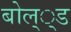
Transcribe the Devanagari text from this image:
बोल््ड